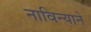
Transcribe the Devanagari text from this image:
नाविन्याने